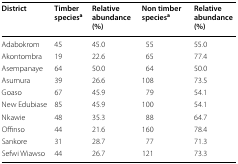
<table><thead><tr><td><b>District</b></td><td><b>Timber species<sup>a</sup></b></td><td><b>Relative abundance (%)</b></td><td><b>Non timber species<sup>a</sup></b></td><td><b>Relative abundance (%)</b></td></tr></thead><tbody><tr><td>Adabokrom</td><td>45</td><td>45.0</td><td>55</td><td>55.0</td></tr><tr><td>Akontombra</td><td>19</td><td>22.6</td><td>65</td><td>77.4</td></tr><tr><td>Asempanaye</td><td>64</td><td>50.0</td><td>64</td><td>50.0</td></tr><tr><td>Asumura</td><td>39</td><td>26.6</td><td>108</td><td>73.5</td></tr><tr><td>Goaso</td><td>67</td><td>45.9</td><td>79</td><td>54.1</td></tr><tr><td>New Edubiase</td><td>85</td><td>45.9</td><td>100</td><td>54.1</td></tr><tr><td>Nkawie</td><td>48</td><td>35.3</td><td>88</td><td>64.7</td></tr><tr><td>Offinso</td><td>44</td><td>21.6</td><td>160</td><td>78.4</td></tr><tr><td>Sankore</td><td>31</td><td>28.7</td><td>77</td><td>71.3</td></tr><tr><td>Sefwi Wiawso</td><td>44</td><td>26.7</td><td>121</td><td>73.3</td></tr></tbody></table>